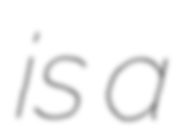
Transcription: is a